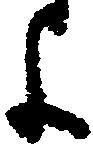
よ